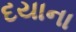
દયાના